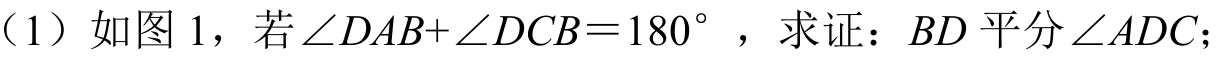
（1）如图 1，若\(\angle DAB+\angle DCB = 180^{\circ}\) ，求证：\(BD\)平分\(\angle ADC\)；